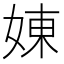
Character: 娻